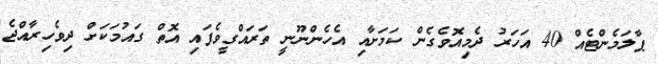
ޕާލަމެންޓެއް 40 އަހަރު ދެމިއޮވެގެން ކަމަށާއި އެހެންނޫނީ ތަރައްގީވެފައި އޮތް ގައުމަކަށް ދިވެހިރާއްޖެ